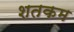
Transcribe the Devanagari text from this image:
शतकम